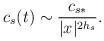
LaTeX: \begin{align*}c_{s}(t)\sim \frac{c_{s*}}{|x|^{2h_{s}}}.\end{align*}